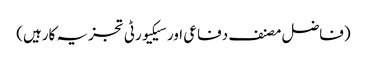
(فاضل مصنف دفاعی اور سیکیورٹی تجزیہ کارہیں)